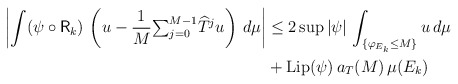
\begin{align*}\left\vert \int(\psi\circ\mathsf{R}_{k})\,\left( u-\frac{1}{M}{\textstyle\sum_{j=0}^{M-1}}\widehat{T}^{j}u\right) \,d\mu\right\vert & \leq2\sup\left\vert\psi\right\vert \,\int_{\{\varphi_{E_{k}}\leq M\}}u\,d\mu\\& +\mathrm{Lip}(\psi)\,a_{T}(M)\,\mu(E_{k})\end{align*}